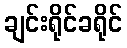
ချင်းရိုင်ခရိုင်